Report of the Bombay Plague Committee
Disease focus: Plague
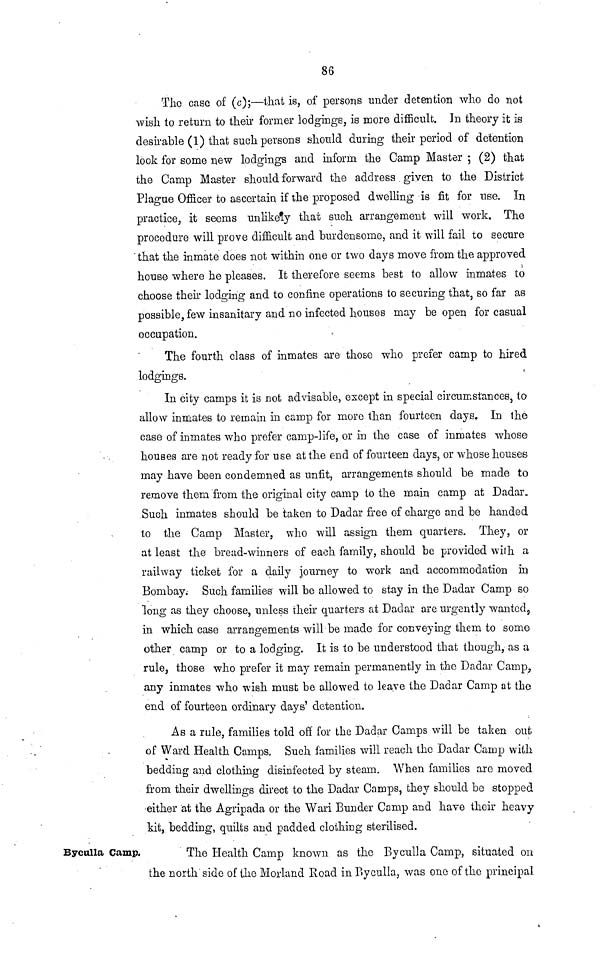
86
The case of (c);—that is, of persons under detention who do not
wish to return to their former lodgings, is more difficult. In theory it is
desirable (1) that such persons should during their period of detention
look for some new lodgings and inform the Camp Master ; (2) that
the Camp Master should forward the address given to the District
Plague Officer to ascertain if the proposed dwelling is fit for use. In
practice, it seems unlikely that such arrangement will work. The
procedure will prove difficult and burdensome, and it will fail to secure
that the inmate does not within one or two days move from the approved
house where he pleases. It therefore seems best to allow inmates to
choose their lodging and to confine operations to securing that, so far as
possible, few insanitary and no infected houses may be open for casual
occupation.
The fourth class of inmates are those who prefer camp to hired
lodgings.
In city camps it is not advisable, except in special circumstances, to
allow inmates to remain in camp for more than fourteen days. In the
case of inmates who prefer camp-life, or in the case of inmates whose
houses are not ready for use at the end of fourteen days, or whose houses
may have been condemned as unfit, arrangements should be made to
remove them from the original city camp to the main camp at Dadar.
Such inmates should be taken to Dadar free of charge and be handed
to the Camp Master, who will assign them quarters. They, or
at least the bread-winners of each family, should be provided with a
railway ticket for a daily journey to work and accommodation in
Bombay. Such families will be allowed to stay in the Dadar Camp so
long as they choose, unless their quarters at Dadar are urgently wanted,
in which case arrangements will be made for conveying them to some
other camp or to a lodging. It is to be understood that though, as a
rule, those who prefer it may remain permanently in the Dadar Camp,
any inmates who wish must be allowed to leave the Dadar Camp at the
end of fourteen ordinary days' detention.
As a rule, families told off for the Dadar Camps will be taken out
of Ward Health Camps. Such families will reach the Dadar Camp with
bedding and clothing disinfected by steam. When families are moved
from their dwellings direct to the Dadar Camps, they should be stopped
either at the Agripada or the Wari Bunder Camp and have their heavy
kit, bedding, quilts and padded clothing sterilised.
Byculla Camp.
The Health Camp known as the Byculla Camp, situated on
the north side of the Morland Road in Byculla, was ono of the principal